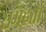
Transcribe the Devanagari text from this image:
समहर्ता